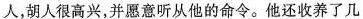
人，胡人很高兴，并愿意听从他的命令。他还收养了几